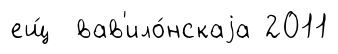
ещ́ вав'ило́нскаjа 2011